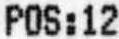
POS:12